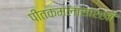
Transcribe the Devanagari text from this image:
पीतकमलासारखी